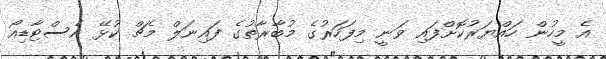
އެ މީހުން ހައްޔަރުކޮށްފައި ވަނީ މިފަހަރުގެ މުބާރާތުގެ ފައިނަލް މެޗް ކުޅޭ އެސްޓާޑިއޯ